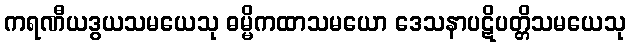
ကရဏီယဒွယသမယေသု ဓမ္မိကထာသမယော ဒေသနာပဋိပတ္တိသမယေသု